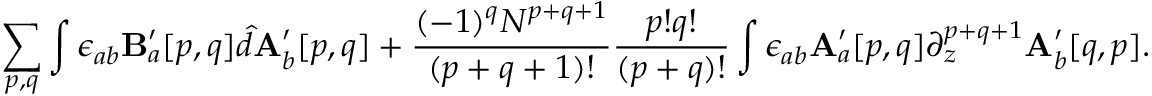
\sum _ { p , q } \int \epsilon _ { a b } \mathbf { B } _ { a } ^ { \prime } [ p , q ] \hat { d } \mathbf { A } _ { b } ^ { \prime } [ p , q ] + \frac { ( - 1 ) ^ { q } N ^ { p + q + 1 } } { ( p + q + 1 ) ! } \frac { p ! q ! } { ( p + q ) ! } \int \epsilon _ { a b } \mathbf { A } _ { a } ^ { \prime } [ p , q ] \partial _ { z } ^ { p + q + 1 } \mathbf { A } _ { b } ^ { \prime } [ q , p ] .